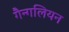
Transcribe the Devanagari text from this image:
गैन्गलियन